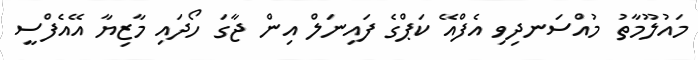
މައުލޫމާތު މުއްސަނދިވި އެފްއޭ ކަޕްގެ ފައިނަލް އިން ޖާގަ ހޯދައި މާޒިޔާ އޭއެފްސީ